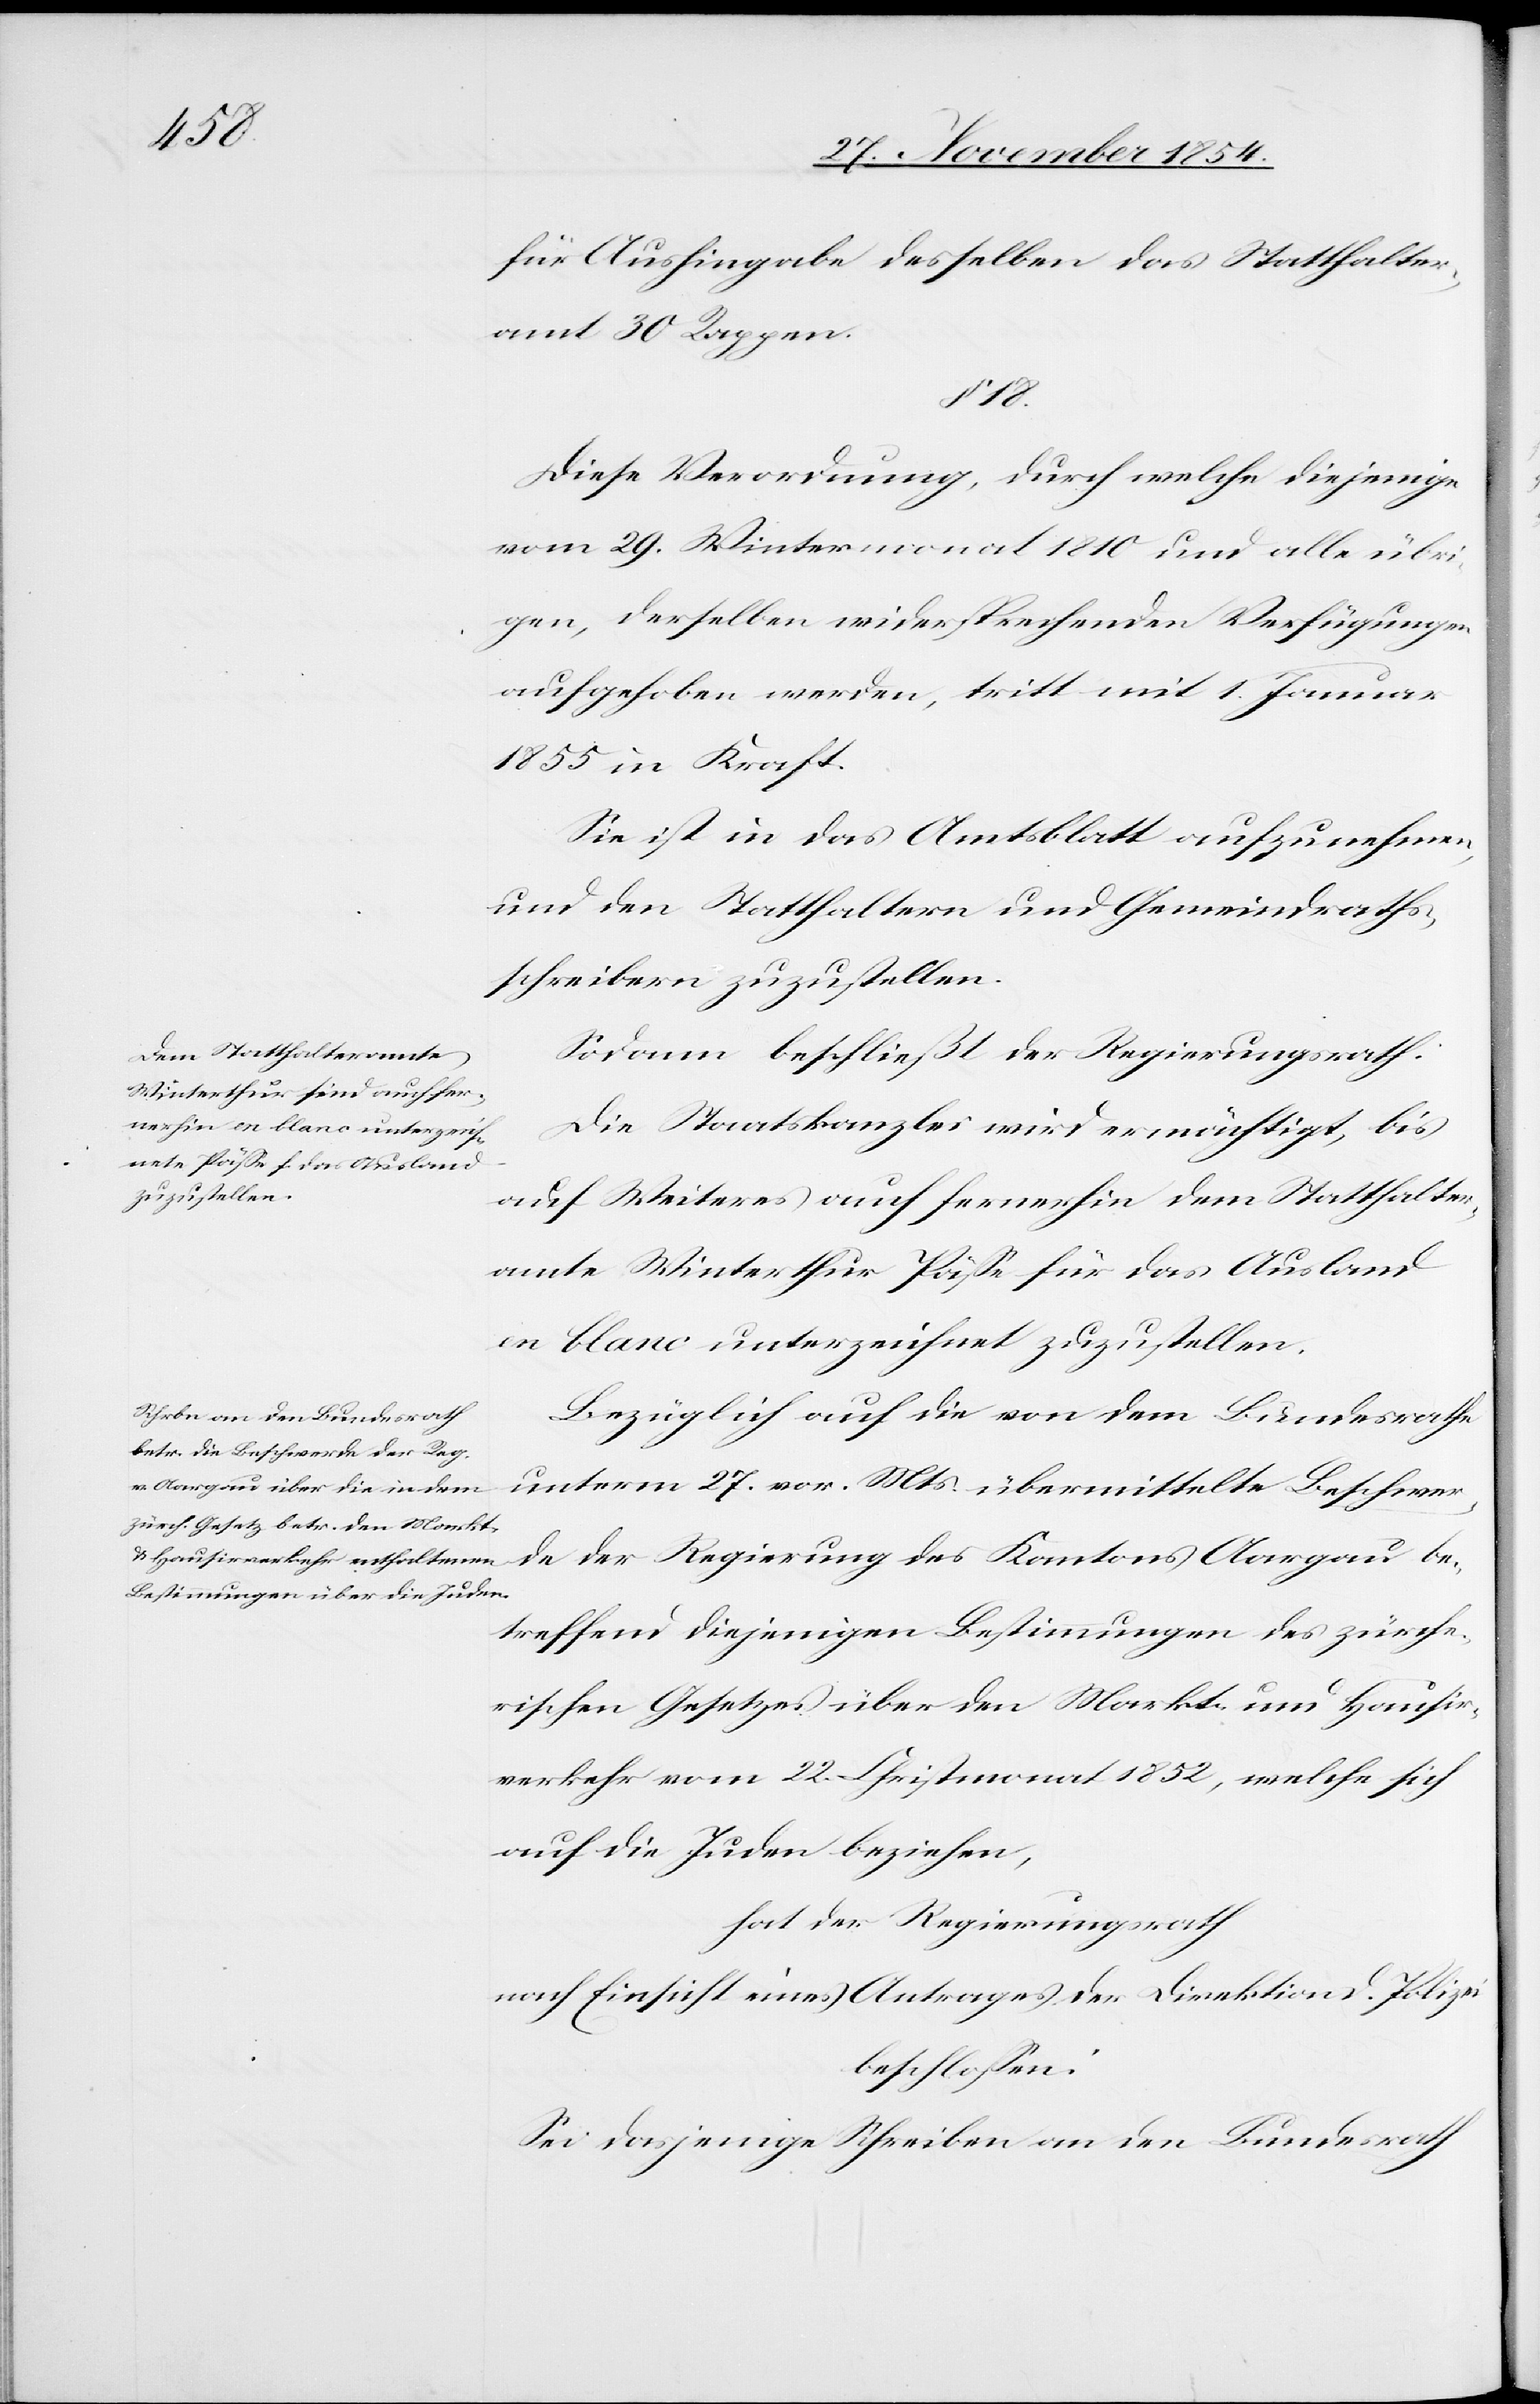
für Aushingabe desselben das Statthalter¬
amt 30 Rappen.
18.
Diese Verordnung, durch welche diejenige
vom 29. Wintermonat 1810 und alle übri¬
gen, derselben widersprechenden Verfügungen
aufgehoben werde, tritt mit 1. Januar
1855 in Kraft.
Sie ist in das Amtsblatt aufzunehmen,
und den Statthaltern und Gemeindsraths¬
schreibern zuzustellen.
Sodann beschließt der Regierungsrath:
Die Staatskanzlei wird ermächtigt, bis
auf Weiteres auch fernerhin dem Statthalter¬
amte Winterthur Päße für das Ausland
en blanc unterzeichnet zuzustellen.
Bezüglich auf die von dem Bundesrathe
unterm 27. vor. Mts. übermittelte Beschwer¬
de der Regierung des Kantons Aargau be¬
treffend diejenigen Bestimmungen des zürche¬
rischen Gesetzes über den Markt- und Hausir¬
verkehr vom 22. Christmonat 1852, welche sich
auf die Juden beziehen,
hat der Regierungsrath
nach Einsicht eines Antrages der Direktion d. Polizei
beschloßen:
Sei dasjenige Schreiben an den Bundesrath